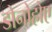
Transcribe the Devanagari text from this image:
डोनोहोए